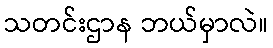
သတင်းဌာန ဘယ်မှာလဲ။